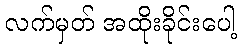
လက်မှတ် အထိုးခိုင်းပေါ့